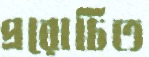
প্ররোচিত